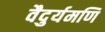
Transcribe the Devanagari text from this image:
वैदुर्यमणि